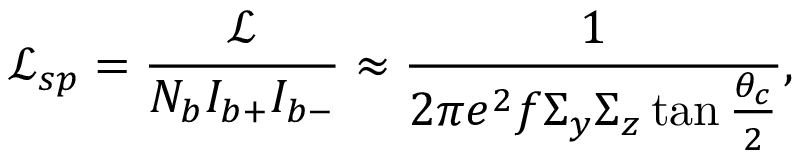
\mathcal { L } _ { s p } = \frac { \mathcal { L } } { N _ { b } I _ { b + } I _ { b - } } \approx \frac { 1 } { 2 \pi e ^ { 2 } f \Sigma _ { y } \Sigma _ { z } \tan \frac { \theta _ { c } } { 2 } } ,